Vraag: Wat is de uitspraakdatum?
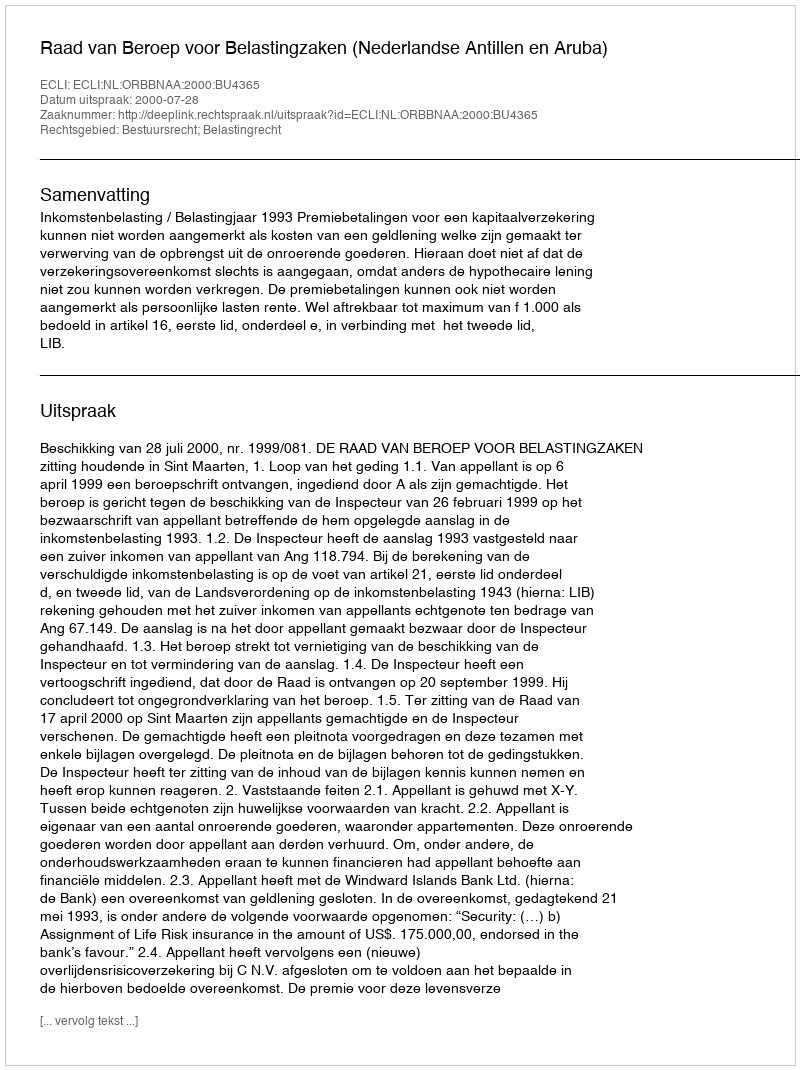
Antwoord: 2000-07-28